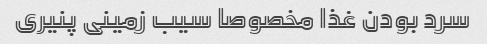
سرد بودن غذا مخصوصا سیب زمینی پنیری